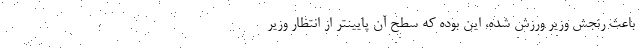
باعث رنجش وزیر ورزش شده، این بوده که سطح آن پایینتر از انتظار وزیر